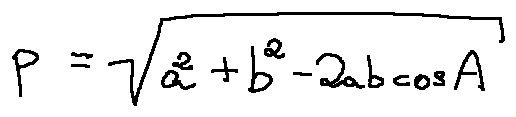
p = \sqrt { a ^ { 2 } + b ^ { 2 } - 2 a b \cos A }